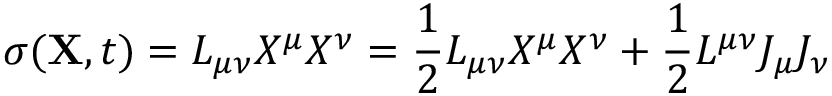
\sigma ( { \bf X } , t ) = L _ { \mu \nu } X ^ { \mu } X ^ { \nu } = \frac { 1 } { 2 } L _ { \mu \nu } X ^ { \mu } X ^ { \nu } + \frac { 1 } { 2 } L ^ { \mu \nu } J _ { \mu } J _ { \nu }